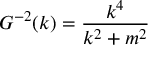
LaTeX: G ^ { - 2 } ( k ) = \frac { k ^ { 4 } } { k ^ { 2 } + m ^ { 2 } }